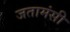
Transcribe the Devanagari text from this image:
जतामंसी